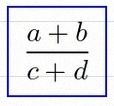
\frac{a+b}{c+d}